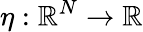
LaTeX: \eta:\mathbb{R}^{N}\to\mathbb{R}